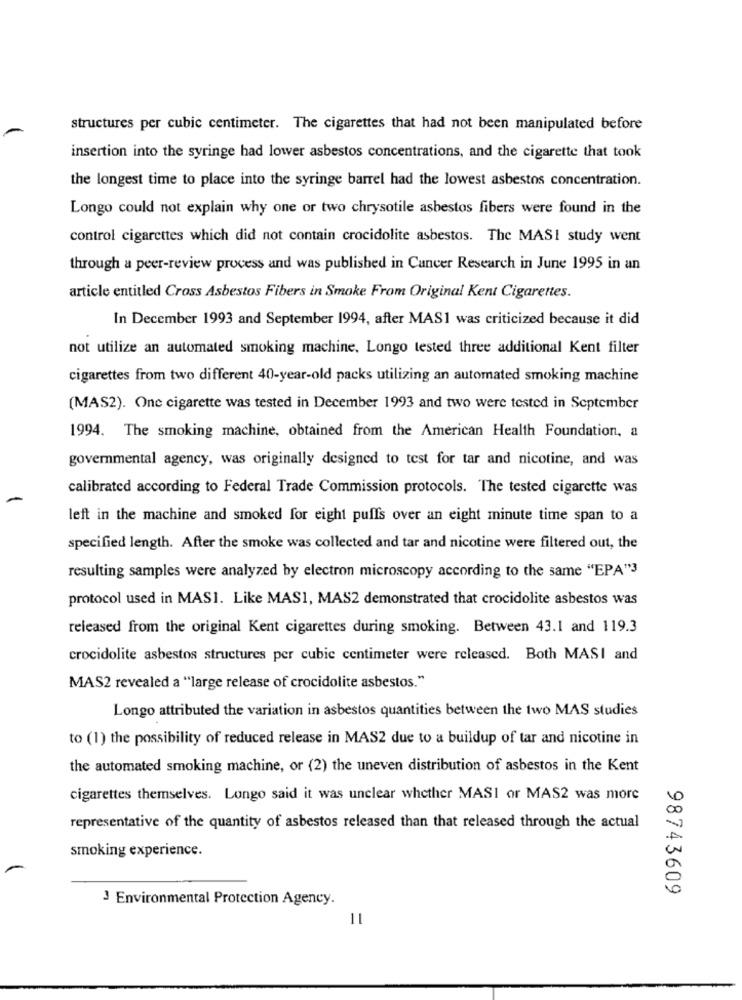
structures per cubic centimeter. The cigarettes that had not been manipulated before
insertion into the syringe had lower asbestos concentrations, and the cigarette that took
the longest time to place into the syringe barrel had the lowest asbestos concentration.
Longo could not explain why one or two chrysotile asbestos fibers were found in the
control cigarettes which did not contain crocidolite asbestos. The MASI study went
through a peer-review process and was published in Cancer Research in June 1995 in an
article entitled Cross Asbestos Fibers in Smoke From Original Kent Cigarettes.
In December 1993 and September 1994, after MAS1 was criticized because it did
not utilize an automated smoking machine, Longo tested three additional Kent filter
cigarettes from two different 40-year-old packs utilizing an automated smoking machine
(MAS2). One cigarette was tested in December 1993 and two were tested in September
1994. The smoking machine, obtained from the American Health Foundation, a
governmental agency, was originally designed to test for tar and nicotine, and was
calibrated according to Federal Trade Commission protocols. The tested cigarette was
left in the machine and smoked for eight puffs over an eight minute time span to a
specified length. After the smoke was collected and tar and nicotine were filtered out, the
resulting samples were analyzed by electron microscopy according to the same "EPA"3
protocol used in MASI. Like MAS1, MAS2 demonstrated that crocidolite asbestos was
released from the original Kent cigarettes during smoking. Between 43.1 and 119.3
crocidolite asbestos structures per cubic centimeter were released. Both MASI and
MAS2 revealed a "large release of crocidolite asbestos."
Longo attributed the variation in asbestos quantities between the two MAS studies
to (1) the possibility of reduced release in MAS2 due to a buildup of tar and nicotine in
the automated smoking machine, or (2) the uneven distribution of asbestos in the Kent
cigarettes themselves. Longo said it was unclear whether MASI or MAS2 was more
representative of the quantity of asbestos released than that released through the actual
smoking experience.
98743609
3 Environmental Protection Agency.
11